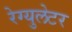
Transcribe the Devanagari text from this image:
रेग्‍युलेटर